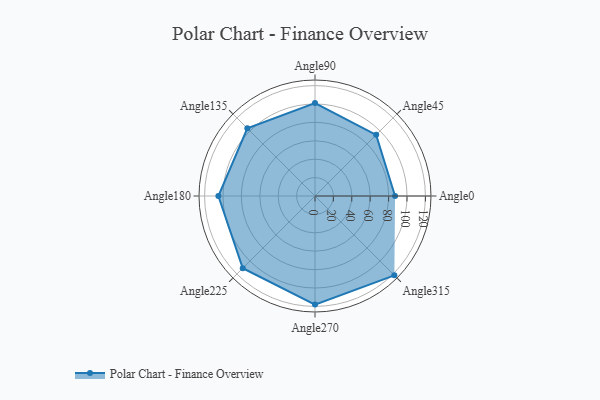
{"axis": {"x": "Angle", "y": "Radius"}, "legend": [""], "data": [{"x": "Angle0", "y": 87.0, "type": ""}, {"x": "Angle45", "y": 94.0, "type": ""}, {"x": "Angle90", "y": 101.0, "type": ""}, {"x": "Angle135", "y": 104.0, "type": ""}, {"x": "Angle180", "y": 105.0, "type": ""}, {"x": "Angle225", "y": 111.0, "type": ""}, {"x": "Angle270", "y": 118.0, "type": ""}, {"x": "Angle315", "y": 122.0, "type": ""}]}